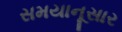
સમયાનૂસાર